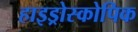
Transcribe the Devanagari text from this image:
हाइड्रोस्कोपिक